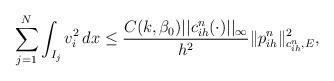
LaTeX: \begin{align*}\sum_{j=1}^N\int_{I_j} v_i^2\, dx \leq \frac{C(k, \beta_0) ||c_{ih}^n(\cdot)||_\infty}{h^2}\|p^n_{ih}\|_{c_{ih}^n, E}^2,\end{align*}